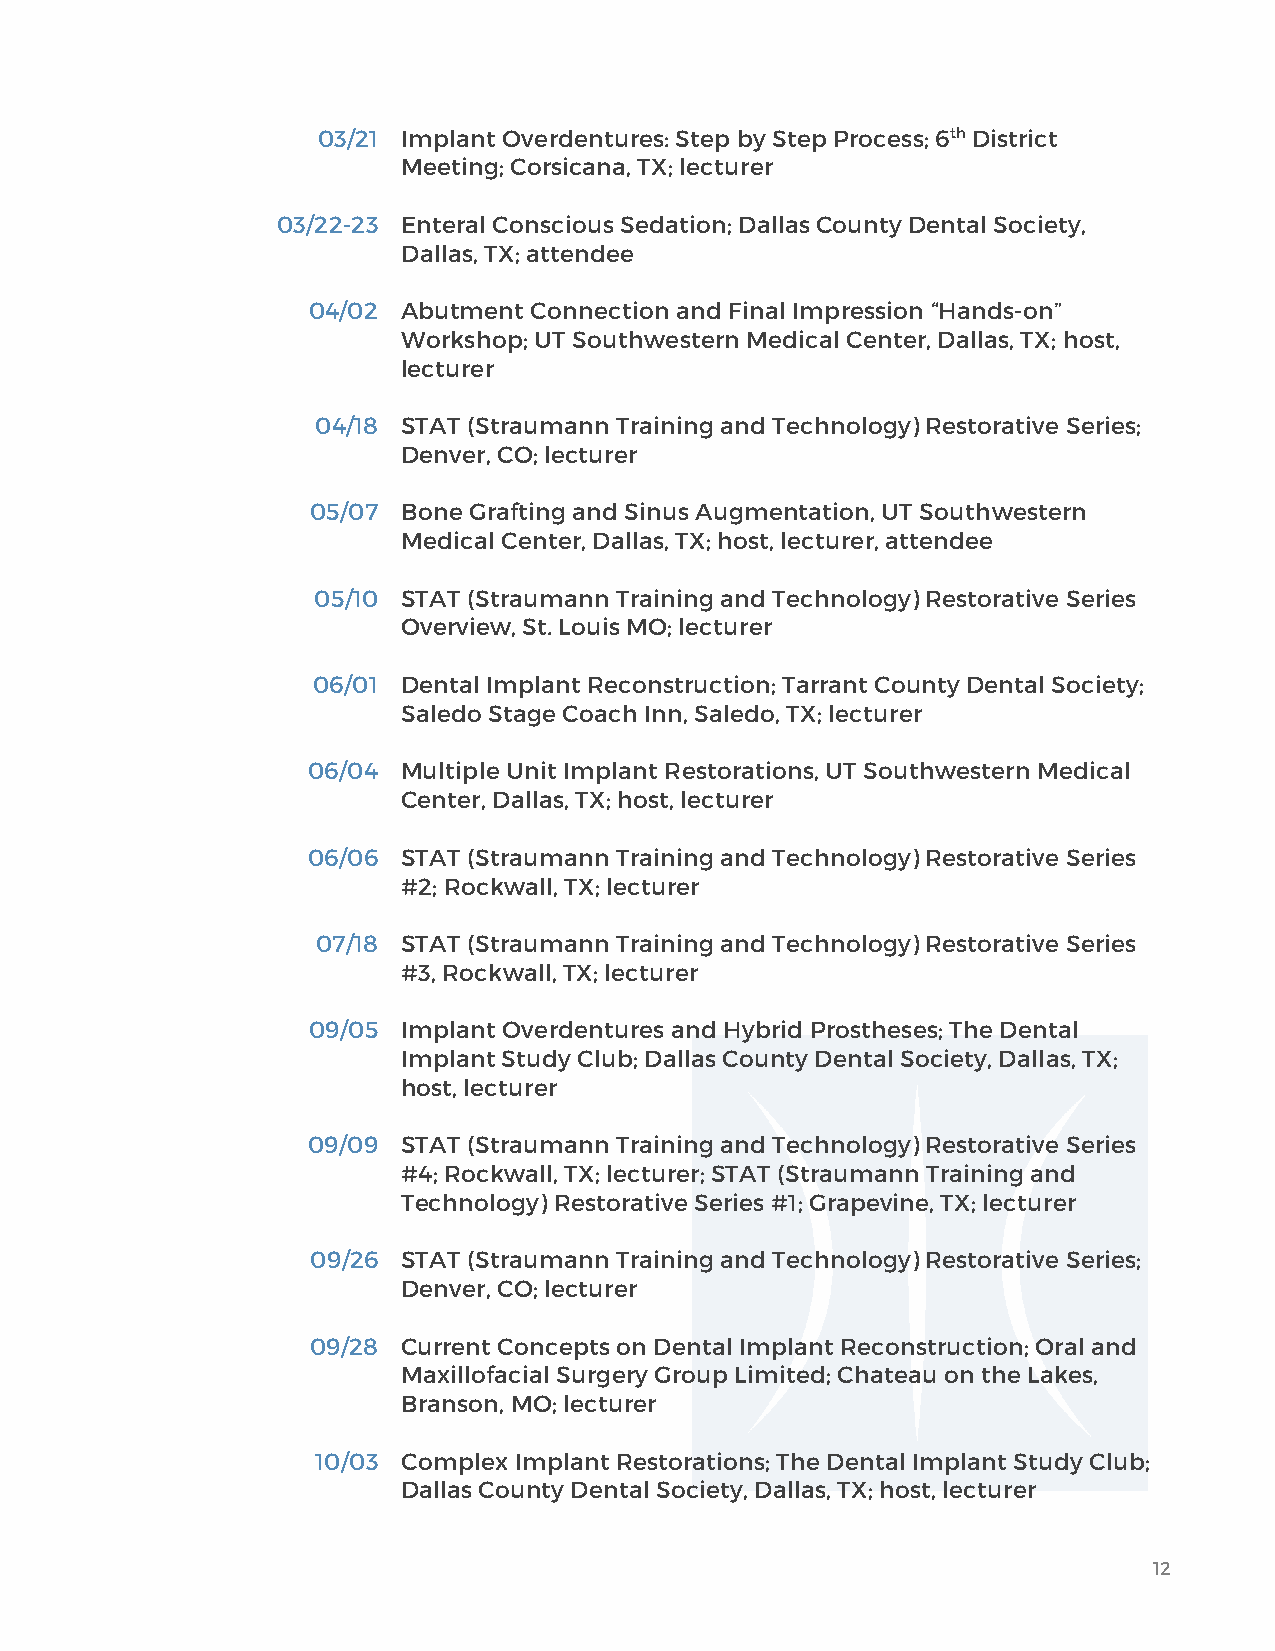
03/21 Implant Overdentures: Step by Step Process; 6th District
 Meeting; Corsicana, TX; lecturer
 03/22-23 Enteral Conscious Sedation; Dallas County Dental Society,
 Dallas, TX; attendee
 04/02  Abutment Connection and Final Impression “Hands-on”
 Workshop; UT Southwestern Medical Center, Dallas, TX; host,
 lecturer
 04/18 STAT (Straumann Training and Technology) Restorative Series;
 Denver, CO; lecturer
 05/07 Bone Grafting and Sinus Augmentation, UT Southwestern
 Medical Center, Dallas, TX; host, lecturer, attendee
 05/10 STAT (Straumann Training and Technology) Restorative Series
 Overview, St. Louis MO; lecturer
 06/01 Dental Implant Reconstruction; Tarrant County Dental Society;
 Saledo Stage Coach Inn, Saledo, TX; lecturer
 06/04  Multiple Unit Implant Restorations, UT Southwestern Medical
 Center, Dallas, TX; host, lecturer
 06/06  STAT (Straumann Training and Technology) Restorative Series
 #2; Rockwall, TX; lecturer
 07/18 STAT (Straumann Training and Technology) Restorative Series
 #3, Rockwall, TX; lecturer
 09/05  Implant Overdentures and Hybrid Prostheses; The Dental
 Implant Study Club; Dallas County Dental Society, Dallas, TX;
 host, lecturer
 09/09  STAT (Straumann Training and Technology) Restorative Series
 #4; Rockwall, TX; lecturer; STAT (Straumann Training and
 Technology) Restorative Series #1; Grapevine, TX; lecturer
 09/26 STAT (Straumann Training and Technology) Restorative Series;
 Denver, CO; lecturer
 09/28 Current Concepts on Dental Implant Reconstruction; Oral and
 Maxillofacial Surgery Group Limited; Chateau on the Lakes,
 Branson, MO; lecturer
 10/03 Complex Implant Restorations; The Dental Implant Study Club;
 Dallas County Dental Society, Dallas, TX; host, lecturer
 12